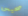
صحيحه